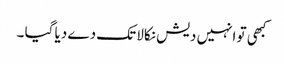
کبھی تو انہیں دیش نکالا تک دے دیا گیا ۔